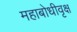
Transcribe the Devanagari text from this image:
महाबोधीवृक्ष